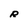
Character: R